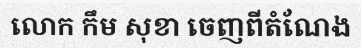
លោក កឹម សុខា ចេញពីតំណែង